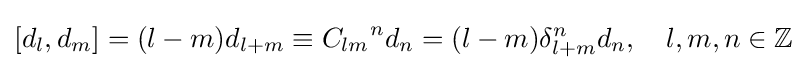
[d_{l},d_{m}]=(l-m)d_{l+m}\equiv {C_{lm}}^{n}d_{n}=(l-m)\delta _{l+m}^{n}d_{n},\quad l,m,n\in \mathbb {Z}